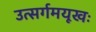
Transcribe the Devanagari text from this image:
उत्सर्गमयूखः